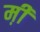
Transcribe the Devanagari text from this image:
म़ी